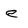
Character: e